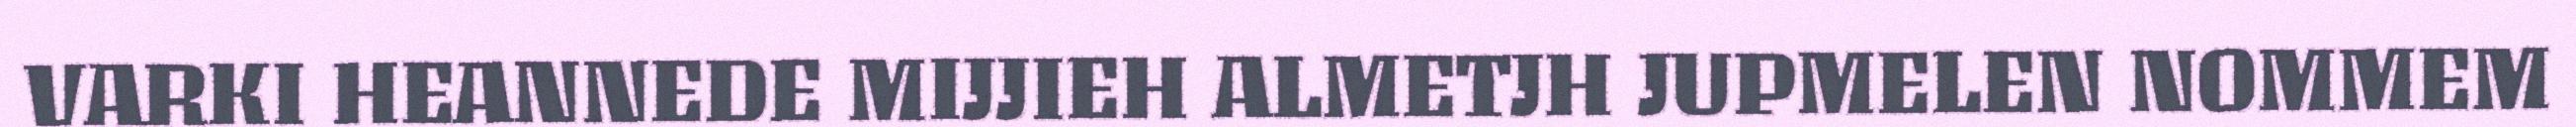
VARKI HEANNEDE MIJJIEH ALMETJH JUPMELEN NOMMEM